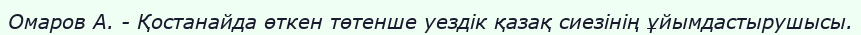
Омаров А. - Қостанайда өткен төтенше уездік қазақ сиезінің ұйымдастырушысы.